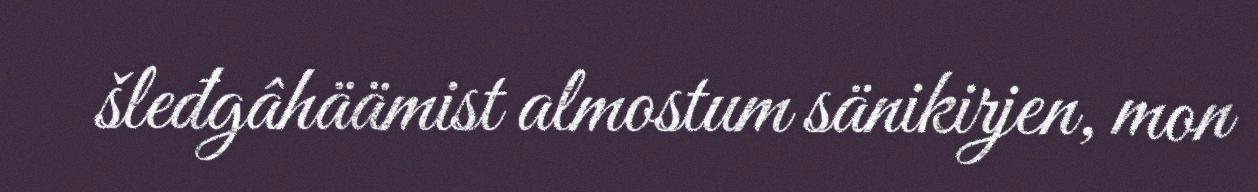
šleđgâhäämist almostum sänikirjen, mon